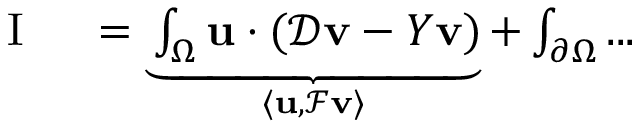
\begin{array} { r l } { \mathrm { ~ I ~ } } & { { } = \underbrace { \int _ { \Omega } \mathbf { u } \cdot ( \mathcal { D } \mathbf { v } - Y \mathbf { v } ) } _ { \langle \mathbf { u } , \mathcal { F } \mathbf { v } \rangle } + \int _ { \partial \Omega } . . . } \end{array}